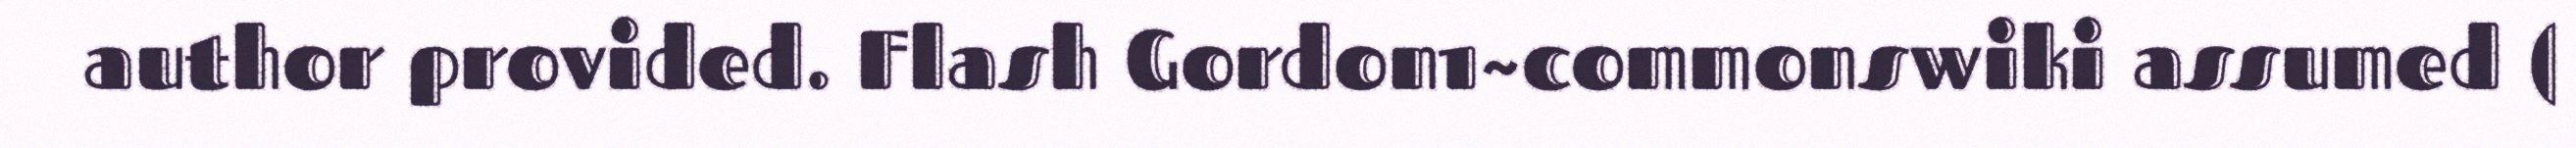
author provided. Flash Gordon1~commonswiki assumed (